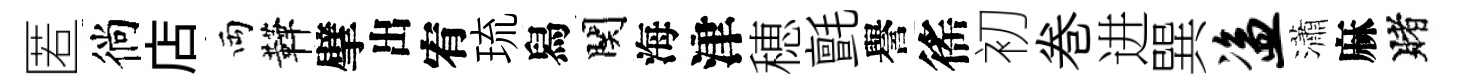
匿徜店両鞾擘出宥琉舄関海津穂氈譽徭初巻进巽盗瀟麻賭